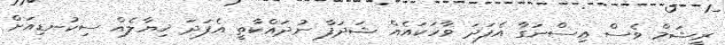
ރީޝަމް ވެސް އިސްނަގާ އެފަދަ ވާހަކައެއް ޝަދަފާ ނުދައްކާތީ އެފަދަ ޚިޔާލެއް ސިކުނޑިއަށް